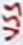
Text: VSS